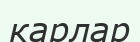
карлар